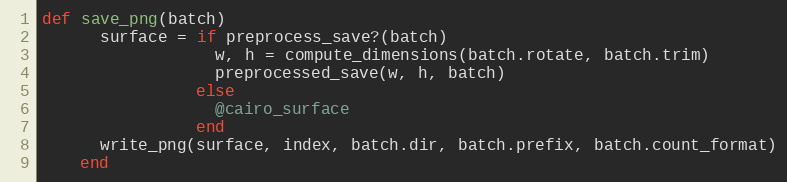
Language: Ruby
def save_png(batch)
      surface = if preprocess_save?(batch)
                  w, h = compute_dimensions(batch.rotate, batch.trim)
                  preprocessed_save(w, h, batch)
                else
                  @cairo_surface
                end
      write_png(surface, index, batch.dir, batch.prefix, batch.count_format)
    end